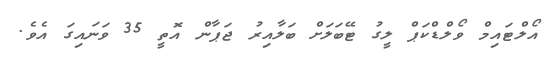
އޯލްޓައިމް ވޯލްޑްކަޕް ލީގު ޓޭބަލަށް ބަލާއިރު ޖަޕާން އޮތީ 35 ވަނައިގަ އެވެ.